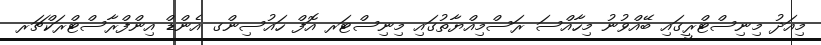
މިއަދު މިނިސްޓްރީގައި ބޭއްވުނު މިހާއްސަ ރަސްމިއްޔާތުގައި މިނިސްޓަރ އޮފް ހައުސިންގ އެންޑް އިންފްރާސްޓްރަކްޗަރ